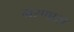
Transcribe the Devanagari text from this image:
मरणास